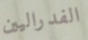
الفدراليين